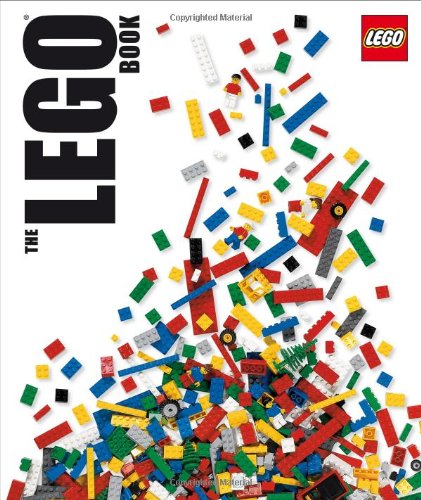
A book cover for The Lego Book; Daniel Lipkowitz; Crafts, Hobbies & Home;